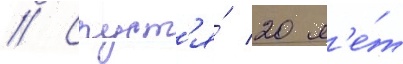
// Спуст'я́ 20 л'е́т